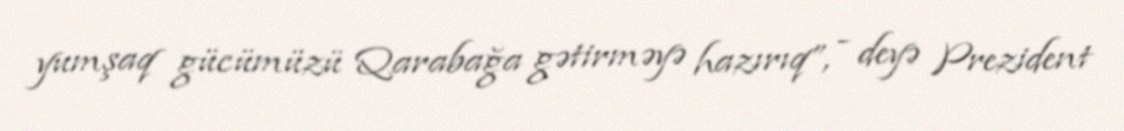
yumşaq gücümüzü Qarabağa gətirməyə hazırıq”, - deyə Prezident